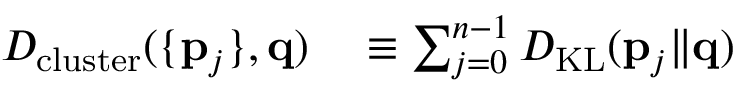
\begin{array} { r l } { D _ { \mathrm { c l u s t e r } } ( \{ \mathbf { p } _ { j } \} , \mathbf { q } ) } & { { } \equiv \sum _ { j = 0 } ^ { n - 1 } D _ { \mathrm { K L } } ( \mathbf { p } _ { j } \| \mathbf { q } ) } \end{array}